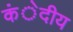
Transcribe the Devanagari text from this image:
कंेदीय